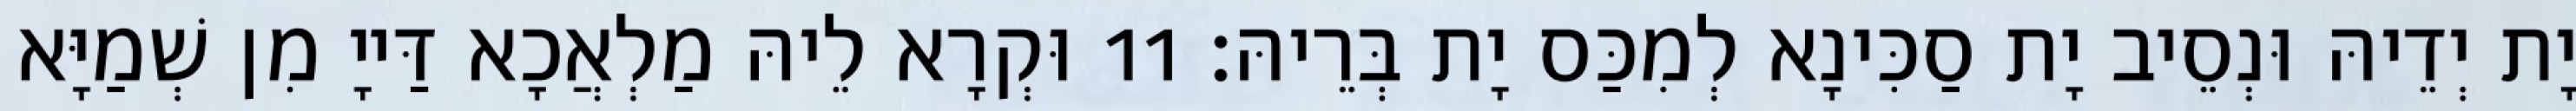
יָת יְדֵיהּ וּנְסֵיב יָת סַכִּינָא לְמִכַּס יָת בְּרֵיהּ׃ 11 וּקְרָא לֵיהּ מַלְאֲכָא דַּייָ מִן שְׁמַיָּא